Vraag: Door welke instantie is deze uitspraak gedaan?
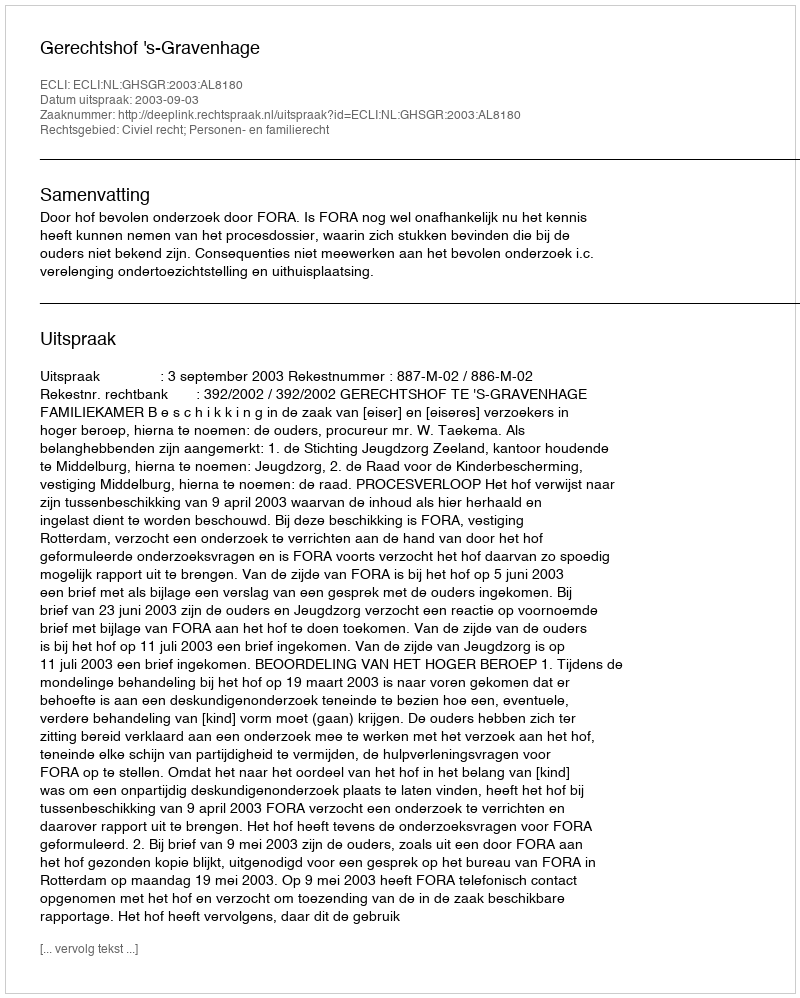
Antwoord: Gerechtshof 's-Gravenhage